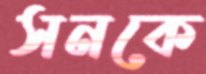
সনকে